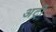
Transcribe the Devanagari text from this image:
अट्री